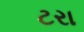
ટરા